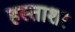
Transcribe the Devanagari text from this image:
हस्ताशर